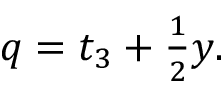
\begin{array} { r } { q = t _ { 3 } + \frac { 1 } { 2 } y . } \end{array}